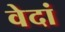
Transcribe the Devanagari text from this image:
वेदां